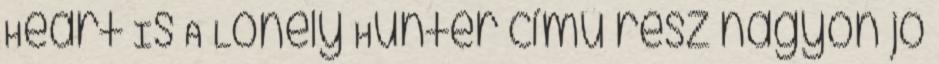
Heart Is A Lonely Hunter című rész nagyon jó